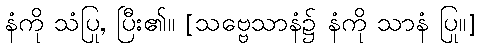
နံကို သံပြု, ပြီး၏။ [သဗ္ဗေသာနံ၌ နံကို သာနံ ပြု။]